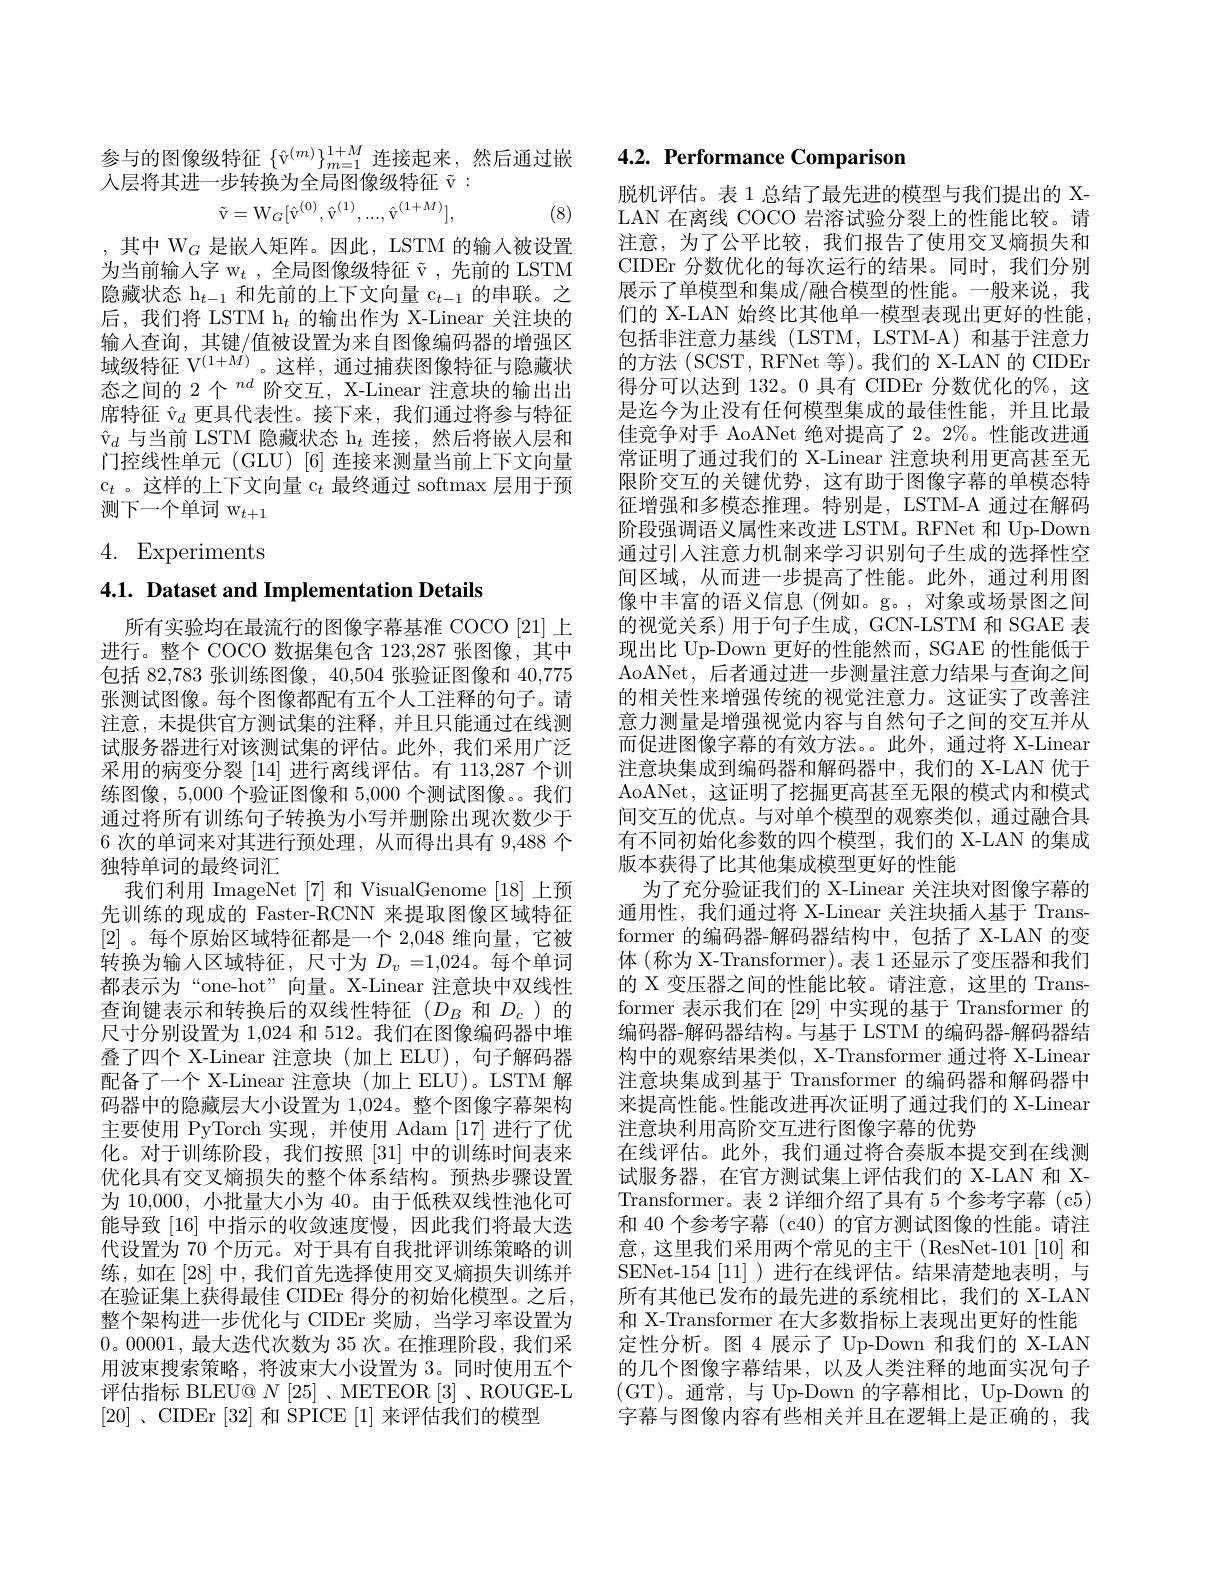
参与的图像级特征$\{\hat{\mathrm{v}}^{(m)}\}_{m=1}^{1+M}$连接起来，然后通过嵌
人层将其进一步转换为全局图像级特征$\tilde{\mathrm{v}}:$
$$\tilde{\mathrm{v}}=\mathrm{W}_G[\hat{\mathrm{v}}^{(0)},\hat{\mathrm{v}}^{(1)},...,\hat{\mathrm{v}}^{(1+M)}],$$
(8)

,其中 W$_G$ 是嵌入矩阵。因此，LSTM 的输入被设置为当前输入字 w$_t$ ,全局图像级特征$\tilde{\mathrm{v}}$ ,先前的 LSTM 隐藏状态$\mathrm{h}_{t-1}$和先前的上下文向量$\mathrm{c}_t-1$的串联。之后，我们将 LSTM h$_t$的输出作为 X-Linear 关注块的输入查询，其键/值被设置为来自图像编码器的增强区域级特征 V$^{(1+M)}$。这样，通过捕获图像特征与隐藏状态之间的 2 个$^{nd}$阶交互，X-Linear 注意块的输出出席特征$\hat{\mathrm{v}}_d$更具代表性。接下来，我们通过将参与特征$\hat{\mathrm{v}}_d$与当前 LSTM 隐藏状态$\mathrm{h}_t$连接，然后将嵌人层和门控线性单元 (GLU) [6] 连接来测量当前上下文向量$\mathfrak{c}_t$ 。这样的上下文向量 c$_t$最终通过 softmax 层用于预测下一个单词 w$_t+1$

4. Experiments

## 4.1. Dataset and Implementation Details

所有实验均在最流行的图像字幕基准 COCO [21] 上进行。整个 COCO 数据集包含 123,287 张图像，其中包括 82,783 张训练图像，40,504 张验证图像和 40,775张测试图像。每个图像都配有五个人工注释的句子。请注意，未提供官方测试集的注释，并且只能通过在线测试服务器进行对该测试集的评估。此外，我们采用广泛采用的病变分裂[14]进行离线评估。有 113,287 个训练图像，5,000 个验证图像和 5,000 个测试图像。。我们通过将所有训练句子转换为小写并删除出现次数少于6 次的单词来对其进行预处理，从而得出具有 9,488 个独特单词的最终词汇
我们利用 ImageNet [7]和 VisualGenome [18]上预先训练的现成的 Faster-RCNN 来提取图像区域特征[2] 。每个原始区域特征都是一个 2,048 维向量，它被转换为输人区域特征，尺寸为$D_v=1,024$。每个单词都表示为“one-hot”向量。X-Linear 注意块中双线性查询键表示和转换后的双线性特征($D_B$和$D_c$)的尺寸分别设置为 1,024 和 512。我们在图像编码器中堆叠了四个 X-Linear 注意块(加上 ELU),句子解码器配备了一个 X-Linear 注意块(加上 ELU)。LSTM 解码器中的隐藏层大小设置为 1,024。整个图像字幕架构主要使用 PyTorch 实现，并使用 Adam [17] 进行了优化。对于训练阶段，我们按照[31]中的训练时间表来优化具有交叉熵损失的整个体系结构。预热步骤设置为 10,000, 小批量大小为 40。由于低秩双线性池化可能导致[16]中指示的收敛速度慢，因此我们将最大迭代设置为 70 个历元。对于具有自我批评训练策略的训练，如在[28]中，我们首先选择使用交叉熵损失训练并在验证集上获得最佳 CIDEr 得分的初始化模型。之后， 整个架构进一步优化与 CIDEr 奖励，当学习率设置为0。00001,最大迭代次数为 35 次。在推理阶段，我们采用波束搜索策略，将波束大小设置为 3。同时使用五个评估指标 BLEU@ $N$ [25]、METEOR [3]、ROUGE-L [20],CIDEr [ 32] 和 SPICE $[1]~$来评估我们的模型

## 4.2. Performance Comparison

脱机评估。表 1 总结了最先进的模型与我们提出的 XLAN 在离线 COCO 岩溶试验分裂上的性能比较。请注意，为了公平比较，我们报告了使用交叉熵损失和CIDEr 分数优化的每次运行的结果。同时，我们分别展示了单模型和集成/融合模型的性能。一般来说，我们的 X-LAN 始终比其他单一模型表现出更好的性能， 包括非注意力基线(LSTM,LSTM-A)和基于注意力的方法 (SCST, RFNet 等)。我们的 X-LAN 的 CIDEr 得分可以达到 132。0 具有 CIDEr 分数优化的%,这是迄今为止没有任何模型集成的最佳性能，并且比最佳竞争对手 AoANet 绝对提高了 2。2%。性能改进通常证明了通过我们的 X-Linear 注意块利用更高甚至无限阶交互的关键优势，这有助于图像字幕的单模态特征增强和多模态推理。特别是，LSTM-A 通过在解码阶段强调语义属性来改进 LSTM。RFNet 和 Up-Down 通过引人注意力机制来学习识别句子生成的选择性空间区域，从而进一步提高了性能。此外，通过利用图像中丰富的语义信息(例如。g。,对象或场景图之间的视觉关系)用于句子生成，GCN-LSTM 和 SGAE 表现出比 Up-Down 更好的性能然而，SGAE 的性能低于AoANet, 后者通过进一步测量注意力结果与查询之间的相关性来增强传统的视觉注意力。这证实了改善注意力测量是增强视觉内容与自然句子之间的交互并从而促进图像字幕的有效方法。。此外，通过将 X-Linear 注意块集成到编码器和解码器中，我们的 X-LAN 优于AoANet, 这证明了挖掘更高甚至无限的模式内和模式间交互的优点。与对单个模型的观察类似，通过融合具有不同初始化参数的四个模型，我们的 X-LAN 的集成版本获得了比其他集成模型更好的性能
为了充分验证我们的 X-Linear 关注块对图像字幕的通用性，我们通过将 X-Linear 关注块插人基于 Transformer 的编码器-解码器结构中，包括了X-LAN 的变体(称为 X-Transformer)。表 1 还显示了变压器和我们的 X 变压器之间的性能比较。请注意，这里的 Transformer 表示我们在[29]中实现的基于 Transformer 的编码器-解码器结构。与基于 LSTM 的编码器-解码器结构中的观察结果类似，X-Transformer 通过将 X-Linear 注意块集成到基于 Transformer 的编码器和解码器中来提高性能。性能改进再次证明了通过我们的 X-Linear 注意块利用高阶交互进行图像字幕的优势
在线评估。此外，我们通过将合奏版本提交到在线测试服务器，在官方测试集上评估我们的 X-LAN 和 XTransformer。表 2 详细介绍了具有 5 个参考字幕 (c5) 和 40 个参考字幕 (c40) 的官方测试图像的性能。请注意，这里我们采用两个常见的主干(ResNet-101[10]和SENet-154[11])进行在线评估。结果清楚地表明，与所有其他已发布的最先进的系统相比，我们的 X-LAN 和 X-Transformer 在大多数指标上表现出更好的性能定性分析。图 4 展示了 Up-Down 和我们的 X-LAN 的几个图像字幕结果，以及人类注释的地面实况句子(GT)。通常，与 Up-Down 的字幕相比，Up-Down 的字幕与图像内容有些相关并且在逻辑上是正确的，我